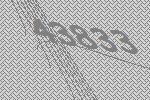
43833